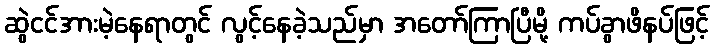
ဆွဲငင်အားမဲ့နေရာတွင် လွင့်နေခဲ့သည်မှာ အတော်ကြာပြီမို့ ကပ်ခွာဖိနပ်ဖြင့်